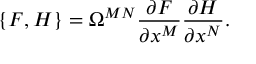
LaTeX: \{ F , H \} = \Omega ^ { M N } \frac { \partial F } { \partial x ^ { M } } \frac { \partial H } { \partial x ^ { N } } .